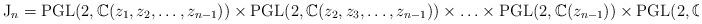
LaTeX: \begin{align*}\mathrm{J}_n=\mathrm{PGL}(2,\mathbb{C}(z_1,z_2,\ldots,z_{n-1}))\times\mathrm{PGL}(2,\mathbb{C}(z_2,z_3,\ldots,z_{n-1}))\times\ldots\times\mathrm{PGL}(2,\mathbb{C}(z_{n-1}))\times\mathrm{PGL}(2,\mathbb{C})\subset\mathrm{Bir}(\mathbb{P}^n_\mathbb{C}).\end{align*}